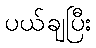
ပယ်ချပြီး